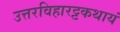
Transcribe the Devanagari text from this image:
उत्तरविहारट्टकथायं